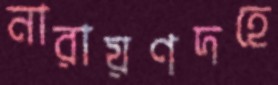
নারায়ণদহে